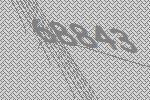
68843